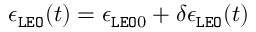
\epsilon _ { \tt L E O } ( t ) = \epsilon _ { { \tt L E O } 0 } + \delta \epsilon _ { \tt L E O } ( t )